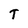
Character: T